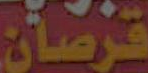
قرصان